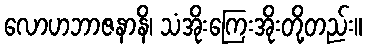
လောဟဘာဇနာနိ၊ သံအိုးကြေးအိုးတို့တည်း။